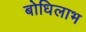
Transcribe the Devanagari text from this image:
बोधिलाभ